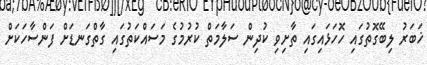
ޚަބަރު ލިބޭގޮތުގައި ހޮހަޅައިގައި ތާށިވި ކުދިން ސަލާމަތް ކުރުމުގެ މަސައްކަތުގައި ގާތްގަނޑަށް ފަންސާހަކަށް